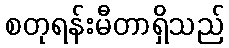
စတုရန်းမီတာရှိသည်